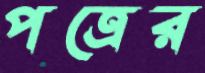
পত্রের